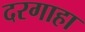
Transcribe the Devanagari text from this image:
दरगाहा